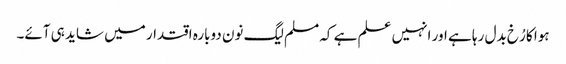
ہوا کا رُخ بدل رہا ہے اور انہیں علم ہے کہ مسلم لیگ نون دوبارہ اقتدار میں شاید ہی آئے۔